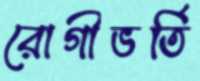
রোগীভর্তি